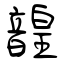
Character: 韹